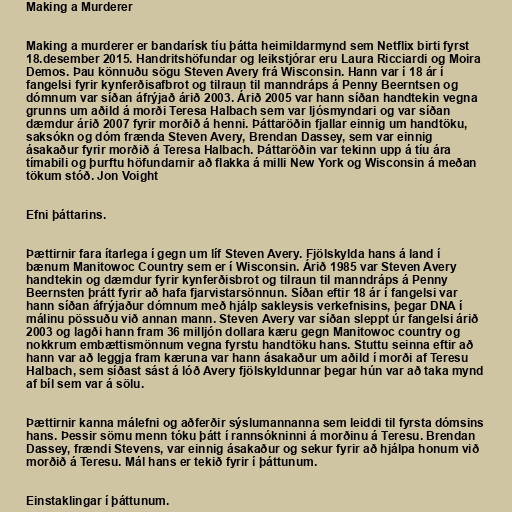
Making a Murderer

Making a murderer er bandarísk tíu þátta heimildarmynd sem Netflix birti fyrst
18.desember 2015. Handritshöfundar og leikstjórar eru Laura Ricciardi og Moira
Demos. Þau könnuðu sögu Steven Avery frá Wisconsin. Hann var í 18 ár í
fangelsi fyrir kynferðisafbrot og tilraun til manndráps á Penny Beerntsen og
dómnum var síðan áfrýjað árið 2003. Árið 2005 var hann síðan handtekin vegna
grunns um aðild á morði Teresa Halbach sem var ljósmyndari og var síðan
dæmdur árið 2007 fyrir morðið á henni. Þáttaröðin fjallar einnig um handtöku,
saksókn og dóm frænda Steven Avery, Brendan Dassey, sem var einnig
ásakaður fyrir morðið á Teresa Halbach. Þáttaröðin var tekinn upp á tíu ára
tímabili og þurftu höfundarnir að flakka á milli New York og Wisconsin á meðan
tökum stóð. Jon Voight

Efni þáttarins.

Þættirnir fara ítarlega í gegn um líf Steven Avery. Fjölskylda hans á land í
bænum Manitowoc Country sem er í Wisconsin. Árið 1985 var Steven Avery
handtekin og dæmdur fyrir kynferðisbrot og tilraun til manndráps á Penny
Beernsten þrátt fyrir að hafa fjarvistarsönnun. Síðan eftir 18 ár í fangelsi var
hann síðan áfrýjaður dómnum með hjálp sakleysis verkefnisins, þegar DNA í
málinu pössuðu við annan mann. Steven Avery var síðan sleppt úr fangelsi árið
2003 og lagði hann fram 36 milljón dollara kæru gegn Manitowoc country og
nokkrum embættismönnum vegna fyrstu handtöku hans. Stuttu seinna eftir að
hann var að leggja fram kæruna var hann ásakaður um aðild í morði af Teresu
Halbach, sem síðast sást á lóð Avery fjölskyldunnar þegar hún var að taka mynd
af bíl sem var á sölu.

Þættirnir kanna málefni og aðferðir sýslumannanna sem leiddi til fyrsta dómsins
hans. Þessir sömu menn tóku þátt í rannsókninni á morðinu á Teresu. Brendan
Dassey, frændi Stevens, var einnig ásakaður og sekur fyrir að hjálpa honum við
morðið á Teresu. Mál hans er tekið fyrir í þáttunum.

Einstaklingar í þáttunum.